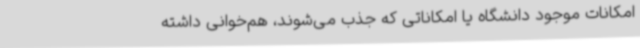
امکانات موجود دانشگاه یا امکاناتی که جذب می‌شوند، هم‌خوانی داشته